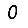
Digit: 0